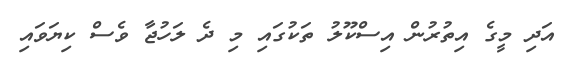
އަދި މީގެ އިތުރުން އިސްކޫލު ތަކުގައި މި ދެ ލަހުޖާ ވެސް ކިޔަވައި